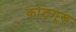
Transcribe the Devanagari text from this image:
कोटगूरू